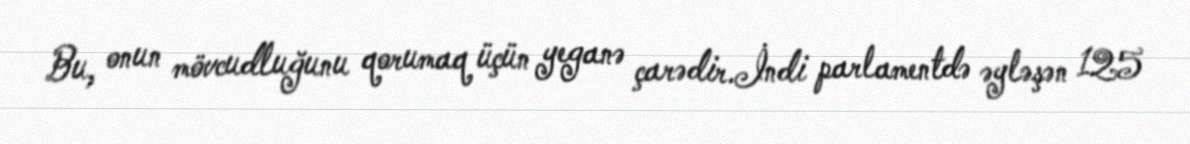
Bu, onun mövcudluğunu qorumaq üçün yeganə çarədir.İndi parlamentdə əyləşən 125